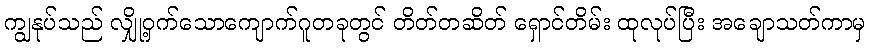
ကျွနုပ်သည် လျှို့ဝှက်သောကျောက်ဂူတခုတွင် တိတ်တဆိတ် ရှောင်တိမ်း ထုလုပ်ပြီး အချောသတ်ကာမှ